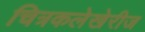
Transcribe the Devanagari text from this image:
चित्रकलेखेरीज